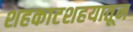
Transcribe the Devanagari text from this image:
शहकाटशहयातून